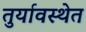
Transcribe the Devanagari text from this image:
तुर्यावस्थेत